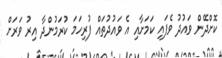
ކޮށްދޭން ވައުދު ވެފައި ކަމަށާއި އެ ވައުދުތައް ފުރިހަމަ ކުރަމުންދާ އިރު ވަރަށް